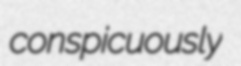
conspicuously